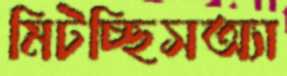
মিটচ্ছিসঅ্যা